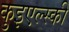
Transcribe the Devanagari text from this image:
कुइएल्स्की